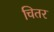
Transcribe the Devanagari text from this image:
चितर